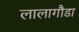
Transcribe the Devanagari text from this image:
लालागौडा